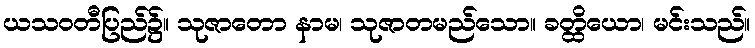
ယသဝတီပြည်၌။ သုဇာတော နာမ၊ သုဇာတမည်သော။ ခတ္ထိယော၊ မင်းသည်။